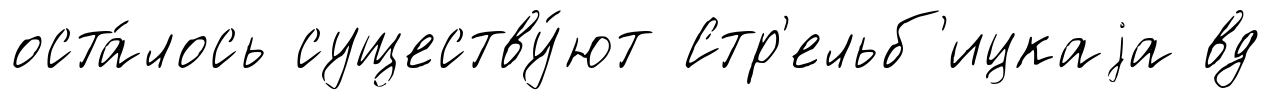
оста́лось существу́ют Стр'ельб'ицкаjа вд